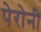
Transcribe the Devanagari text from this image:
पेरोनी